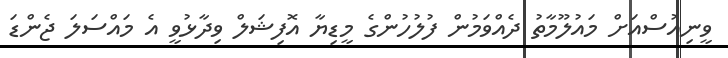
ވީނިއުސްއަށް މައުލޫމާތު ދެއްވަމުން ފުލުހުންގެ މީޑިޔާ އޮފިޝަލް ވިދާޅުވީ އެ މައްސަލަ ޖެންޑަ